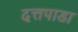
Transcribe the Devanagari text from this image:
दत्तपाडा